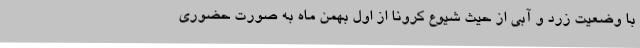
با وضعیت زرد و آبی از حیث شیوع کرونا از اول بهمن ماه به صورت حضوری